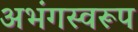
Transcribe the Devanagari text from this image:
अभंगस्वरूप